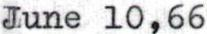
June 10,66